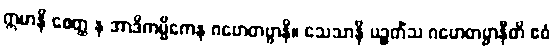
ဣမာနိ စေတ္ထ န အာဒိကမ္မိကေန ဂဟေတဗ္ဗာနိ။ သေသာနိ ပဉ္စတိံသ ဂဟေတဗ္ဗာနီတိ ဧဝံ